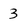
Character: 3